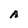
Character: A